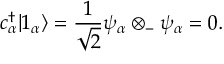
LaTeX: c _ { \alpha } ^ { \dagger } | 1 _ { \alpha } \rangle = { \frac { 1 } { \sqrt { 2 } } } \psi _ { \alpha } \otimes _ { - } \psi _ { \alpha } = 0 .